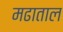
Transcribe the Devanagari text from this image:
मढाताल